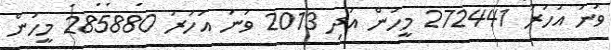
ވަނަ އަހަރު 272441 މީހުން އަދި 2013 ވަނަ އަހަރު 285880 މީހުން